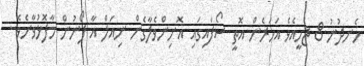
ހެނދުނު.8 ޖެހީއެވެ އަހަރެން އޮތީ ސޯފައިގައި އޮށިންވެލާގެން ނިއަލް އާ ފޯނުން މާފޮޅުވާށެވެ..